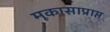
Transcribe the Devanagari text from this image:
मूकासाप्राप्त